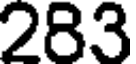
283